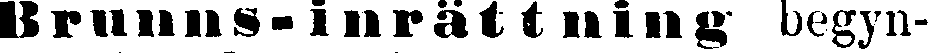
Brunns-inrättning begyn-